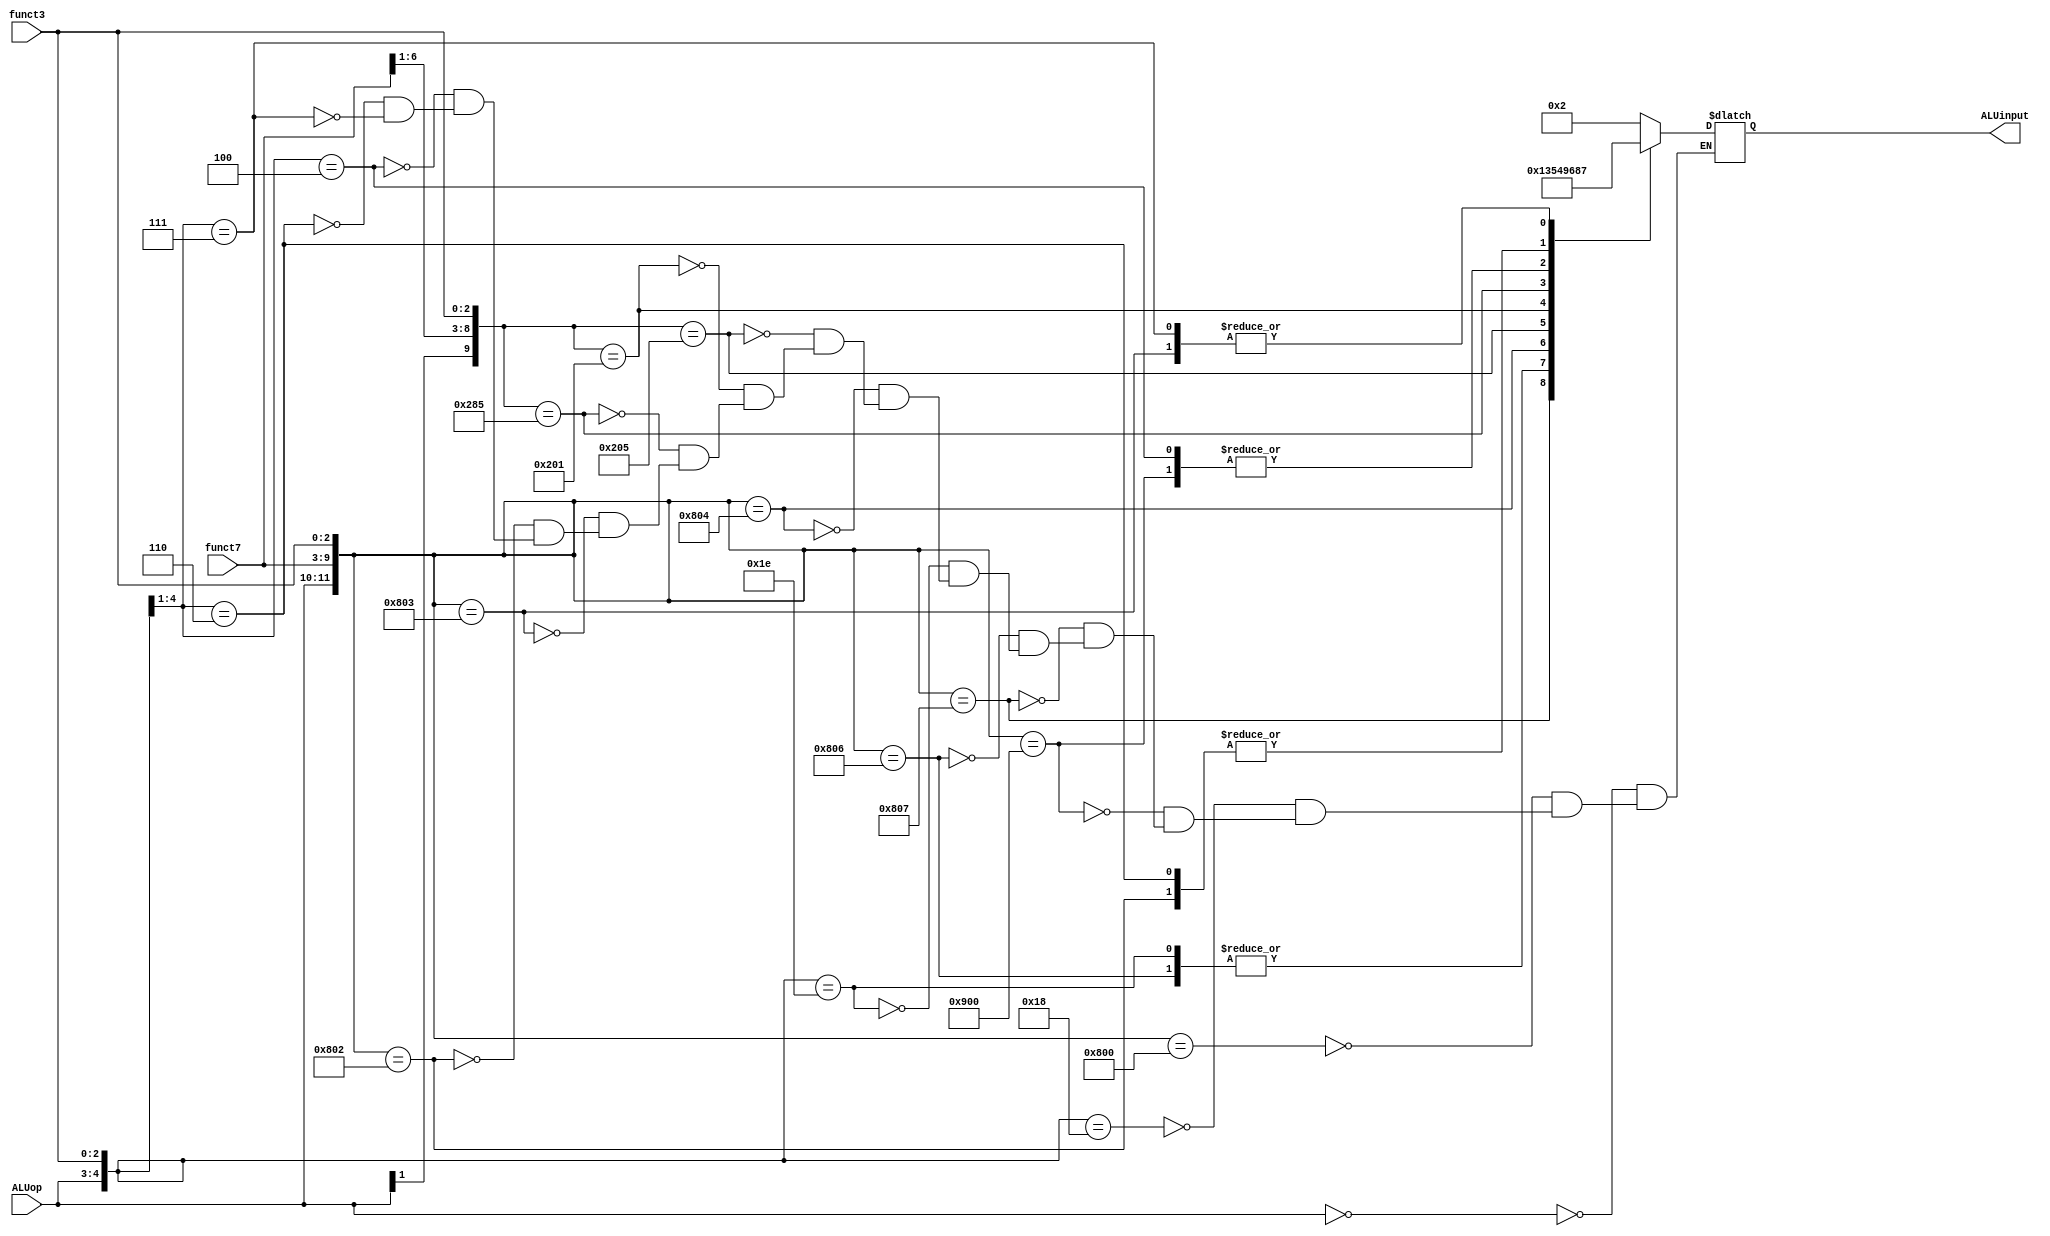
`timescale 1ns / 1ps

module ALUcontrol(input [1:0] ALUop,
                  input [6:0] funct7,
                  input [2:0] funct3,
                  output reg [3:0] ALUinput);
                  
    always@(ALUop,funct7,funct3) begin
        casex({ALUop,funct7,funct3})
            12'b00xxxxxxxxxx: ALUinput = 4'b0010; // ld,sd
            12'b100000000000: ALUinput = 4'b0010; // add
            12'b11xxxxxxx000: ALUinput = 4'b0010; // addi
            12'b100100000000: ALUinput = 4'b0110; // sub 
            12'b100000000111: ALUinput = 4'b0000; // and
            12'b100000000110: ALUinput = 4'b0001; // or
            12'b11xxxxxxx110: ALUinput = 4'b0001; // ori
            12'b100000000100: ALUinput = 4'b0011; // xor   
            12'b1x000000x101: ALUinput = 4'b0101; // srl, srli
            12'b1x000000x001: ALUinput = 4'b0100; // sll, slli
            12'b1x010000x101: ALUinput = 4'b1001; // sra, srai
            12'b100000000011: ALUinput = 4'b0111; // sltu
            12'b100000000010: ALUinput = 4'b1000; // slt
            12'b01xxxxxxx00x: ALUinput = 4'b0110; // beq, bne
            12'b01xxxxxxx10x: ALUinput = 4'b1000; // blt, bge 
            12'b01xxxxxxx11x: ALUinput = 4'b0111; // bltu, bgeu
            
        endcase 
    end             
endmodule